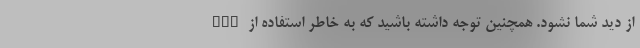
از دید شما نشود. همچنین توجه داشته باشید که به خاطر استفاده از GPS